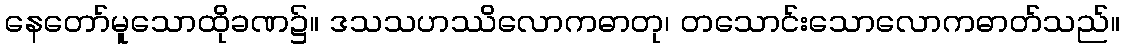
နေတော်မူသောထိုခဏ၌။ ဒသသဟဿိလောကဓာတု၊ တသောင်းသောလောကဓာတ်သည်။